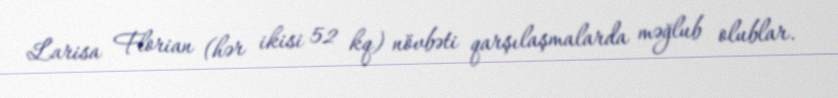
Larisa Florian (hər ikisi 52 kq) növbəti qarşılaşmalarda məğlub olublar.